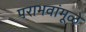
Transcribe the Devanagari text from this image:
पराभवांमूळे